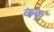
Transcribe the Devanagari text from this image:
ककू